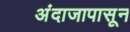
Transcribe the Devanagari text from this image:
अंदाजापासून